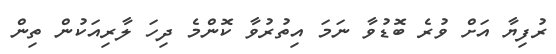
ރުފިޔާ އަށް ވުރެ ބޮޑުވާ ނަމަ އިތުރުވާ ކޮންމެ ދިހަ ލާރިއަކުން ތިން